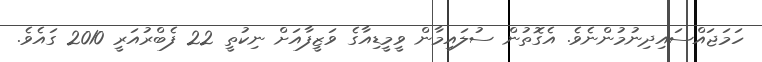
ހަަމަޖައްސައިދިނުމުންނެވެ. އެގޮތުން ސުލައިމާން ވީމީޑިއާގެ ވަަޒީފާއަށް ނިކުތީ 22 ފެބްރުއަރީ 2010 ގައެވެ.